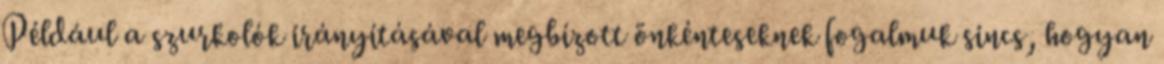
Például a szurkolók irányításával megbízott önkénteseknek fogalmuk sincs, hogyan